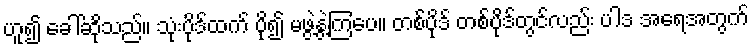
ဟူ၍ ခေါ်ဆိုသည်။ သုံးပိုဒ်ထက် ပို၍ မဖွဲ့နွဲ့ကြပေ။ တစ်ပိုဒ် တစ်ပိုဒ်တွင်လည်း ပါဒ အရေအတွက်